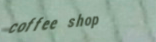
coffee shop